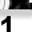
Digit: 1